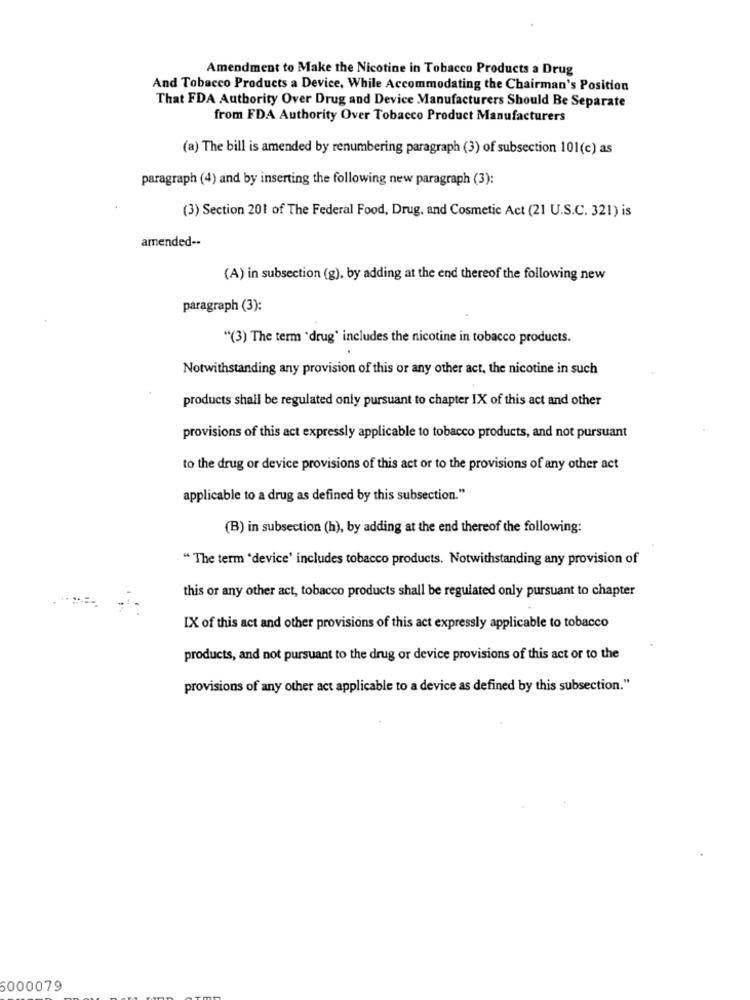
Amendment to Make the Nicotine in Tobacco Products a Drug
And Tobacco Products a Device, While Accommodating the Chairman's Position
That FDA Authority Over Drug and Device Manufacturers Should Be Separate
from FDA Authority Over Tobacco Product Manufacturers
(a) The bill is amended by renumbering paragraph (3) of subsection 101(c) as
paragraph (4) and by inserting the following new paragraph (3):
(3) Section 201 of The Federal Food, Drug, and Cosmetic Act (21 U.S.C. 321) is
amended --
(A) in subsection (g), by adding at the end thereof the following new
paragraph (3):
"(3) The term "drug' includes the nicotine in tobacco products.
Notwithstanding any provision of this or any other act, the nicotine in such
products shall be regulated only pursuant to chapter IX of this act and other
provisions of this act expressly applicable to tobacco products, and not pursuant
to the drug or device provisions of this act or to the provisions of any other act
applicable to a drug as defined by this subsection."
(B) in subsection (h), by adding at the end thereof the following:
" The term 'device' includes tobacco products. Notwithstanding any provision of
this or any other act, tobacco products shall be regulated only pursuant to chapter
IX of this act and other provisions of this act expressly applicable to tobacco
products, and not pursuant to the drug or device provisions of this act or to the
provisions of any other act applicable to a device as defined by this subsection."
6000079